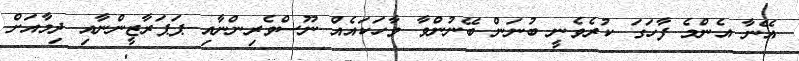
އޭނާ އެންމެ ފާހަގަ ކުރެވެނީ ބުނަން ބޭނުންވާ ވާހަކައެއް ނޫސްވެރިންނާއި ޕަޕަރާޒީންނާއި ދިމާއަށް